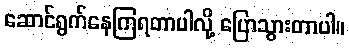
ဆောင်ရွက်နေကြရတာပါလို့ ပြောသွားတာပါ။